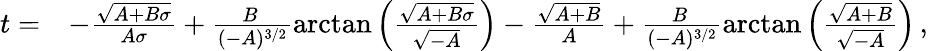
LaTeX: \begin{array}{rl}{t=}&{-\frac{\sqrt{A+B\sigma}}{A\sigma}+\frac{B\, }{(-A)^{3/2}}\mathrm{arctan}\left(\frac{\sqrt{A+B\sigma}}{\sqrt{-A}}\right)-\frac{\sqrt{A+B}}{A}+\frac{B\, }{(-A)^{3/2}}\mathrm{arctan}\left(\frac{\sqrt{A+B}}{\sqrt{-A}}\right)\, ,}\end{array}